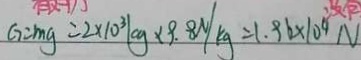
G = m g = 2 \times 1 0 ^ { 3 } k g \times 9 . 8 N / k g = 1 . 9 6 \times 1 0 ^ { 4 } N